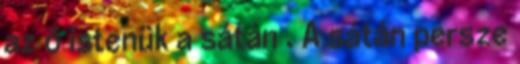
az ő istenük a sátán . A sátán persze